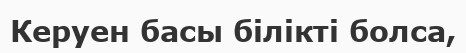
Керуен басы білікті болса,